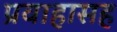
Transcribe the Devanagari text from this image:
प्रवाहासह